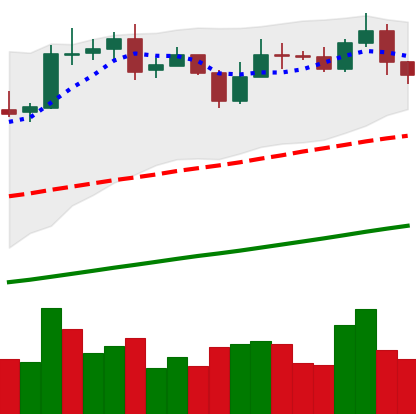
Ticker: BNB-USD
Chart end date: 2020-10-29
Forward return: -10.004%
Label: down_7plus